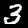
Label: 3